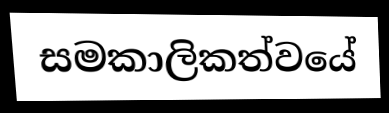
සමකාලිකත්වයේ